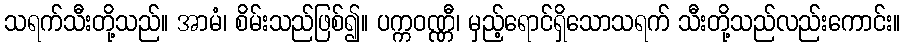
သရက်သီးတို့သည်။ အာမံ၊ စိမ်းသည်ဖြစ်၍။ ပက္ကဝဏ္ဏီ၊ မှည့်ရောင်ရှိသောသရက် သီးတို့သည်လည်းကောင်း။